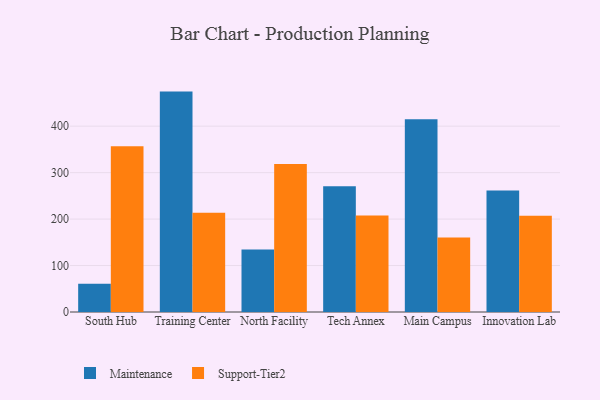
{"axis": {"x": "Campus", "y": "Revenue (USD Million)"}, "legend": ["Maintenance", "Support-Tier2"], "data": [{"x": "South Hub", "y": 60.8, "type": "Maintenance"}, {"x": "South Hub", "y": 357.1, "type": "Support-Tier2"}, {"x": "Training Center", "y": 474.5, "type": "Maintenance"}, {"x": "Training Center", "y": 213.8, "type": "Support-Tier2"}, {"x": "North Facility", "y": 134.5, "type": "Maintenance"}, {"x": "North Facility", "y": 318.4, "type": "Support-Tier2"}, {"x": "Tech Annex", "y": 270.5, "type": "Maintenance"}, {"x": "Tech Annex", "y": 208.0, "type": "Support-Tier2"}, {"x": "Main Campus", "y": 414.9, "type": "Maintenance"}, {"x": "Main Campus", "y": 160.2, "type": "Support-Tier2"}, {"x": "Innovation Lab", "y": 261.7, "type": "Maintenance"}, {"x": "Innovation Lab", "y": 207.3, "type": "Support-Tier2"}]}